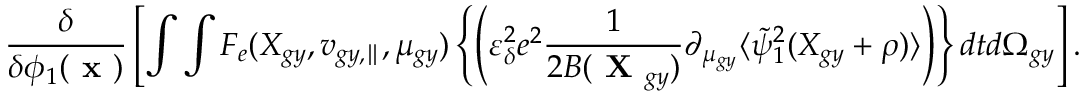
\frac { \delta } { \delta \phi _ { 1 } ( \textbf { x } ) } \left[ \int \int F _ { e } ( X _ { g y } , v _ { g y , \parallel } , \mu _ { g y } ) \left\{ \left( \varepsilon _ { \delta } ^ { 2 } e ^ { 2 } \frac { 1 } { 2 B ( \textbf { X } _ { g y } ) } \partial _ { \mu _ { g y } } \langle \tilde { \psi } _ { 1 } ^ { 2 } ( X _ { g y } + \rho ) \rangle \right) \right\} d t d \Omega _ { g y } \right] .